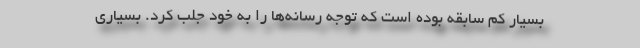
بسیار کم سابقه بوده است که توجه رسانه‌ها را به خود جلب کرد. بسیاری